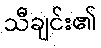
သီချင်း၏